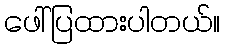
ဖေါ်ပြထားပါတယ်။